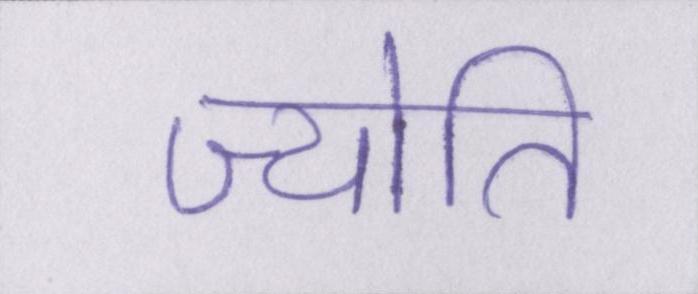
ज्योति